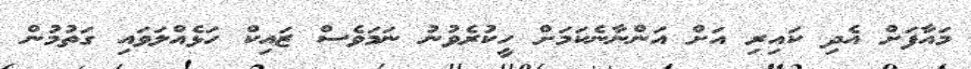
މައާފަށް އެދި ކައިރި އަށް އަންނާނެކަމަށް ހީކުރެވުނު ނަމަވެސް ޒައިކް ހަޅެއްލަވައި ގަތުމުން